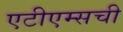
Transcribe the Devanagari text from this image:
एटीएम्सची